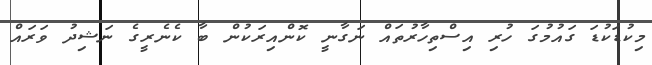
މިކުޑަކުޑަ ގައުމުގަ ހުރި އިސްތިހާރުތައް ނަގާނީ ކޮންއިރަކުން ބާ ކެނެރީގެ ނަޝިދު ވަރައް